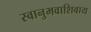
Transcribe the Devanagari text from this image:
स्वानुभवाशिवाय